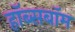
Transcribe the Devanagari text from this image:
हॉब्सबॉम